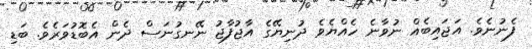
ފެނުނެވެ. އަޖައިބެއް ނުވާނެ ހެއްޔެވެ ދުނިޔޭގެ އާޖުފާޖު ނޭނގުނަސް ދެން އެބޮޑުވަރެވެ. ބަޑި